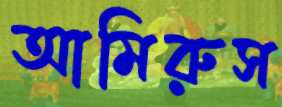
আমিরুস